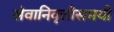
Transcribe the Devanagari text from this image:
सेवानिवृत्तीसमयी